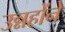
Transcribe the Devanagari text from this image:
उन्नहोंने